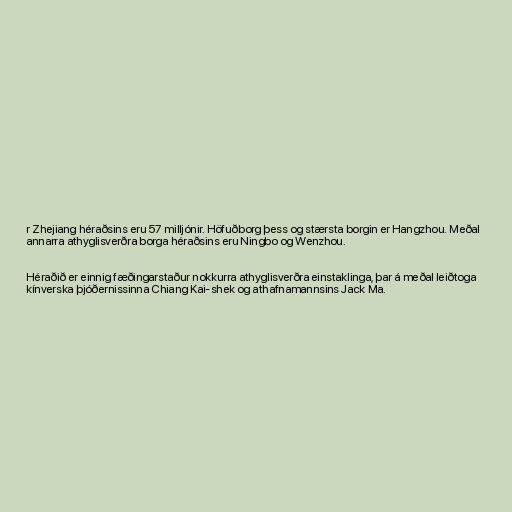
r Zhejiang héraðsins eru 57 milljónir. Höfuðborg þess og stærsta borgin er Hangzhou. Meðal
annarra athyglisverðra borga héraðsins eru Ningbo og Wenzhou.

Héraðið er einnig fæðingarstaður nokkurra athyglisverðra einstaklinga, þar á meðal leiðtoga
kínverska þjóðernissinna Chiang Kai-shek og athafnamannsins Jack Ma.